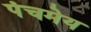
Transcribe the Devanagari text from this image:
पंचमेय